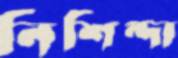
নিশিন্দা